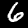
Label: 6